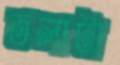
তলাটা